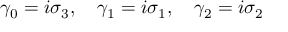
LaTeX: \gamma _ { 0 } = i \sigma _ { 3 } , \quad \gamma _ { 1 } = i \sigma _ { 1 } , \quad \gamma _ { 2 } = i \sigma _ { 2 }